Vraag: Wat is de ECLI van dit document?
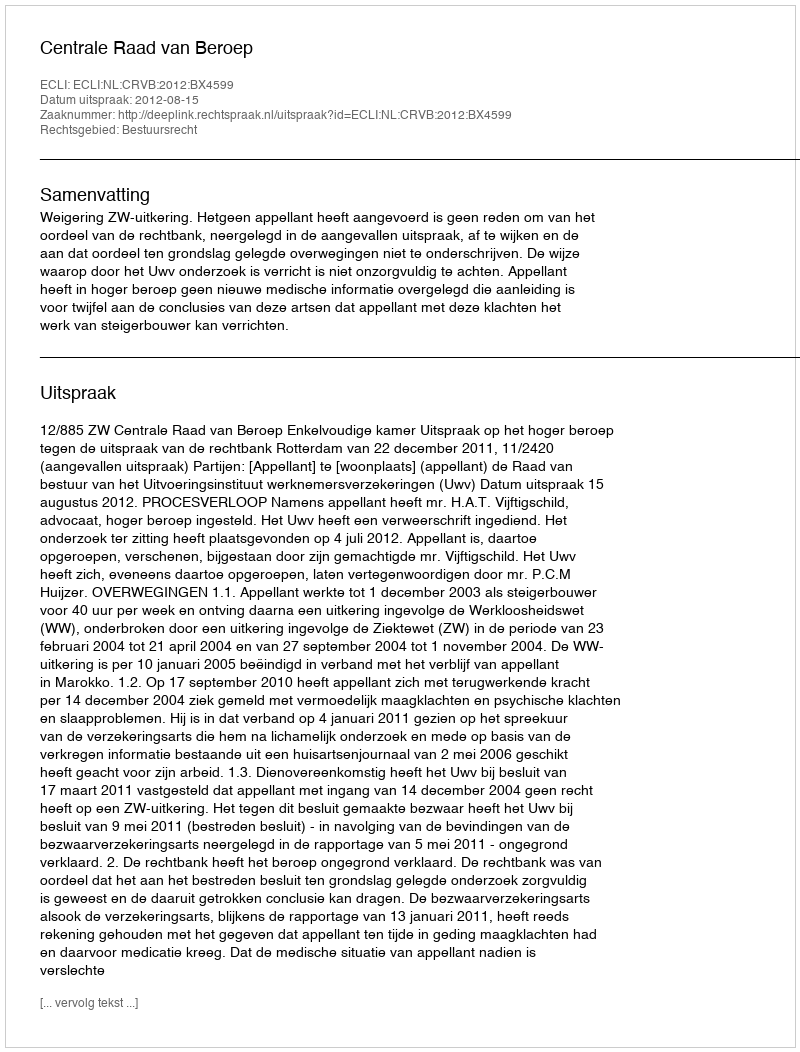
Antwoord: ECLI:NL:CRVB:2012:BX4599